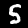
Label: 5